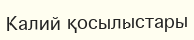
Калий қосылыстары